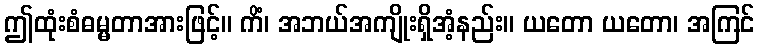
ဤထုံးစံဓမ္မတာအားဖြင့်။ ကိံ၊ အဘယ်အကျိုးရှိအံ့နည်း။ ယတော ယတော၊ အကြင်